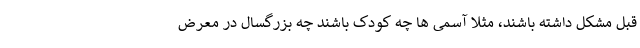
قبل مشکل داشته باشند، مثلا آسمی ها چه کودک باشند چه بزرگسال در معرض